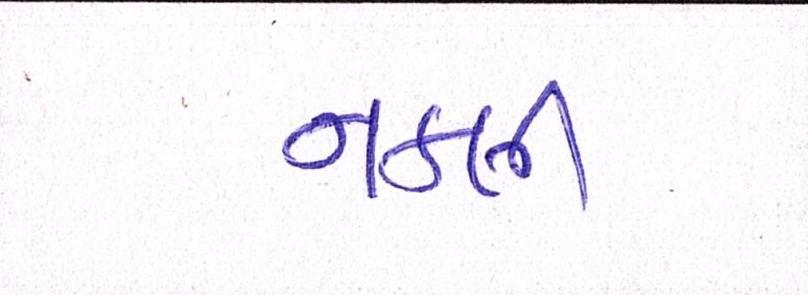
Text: નકલી